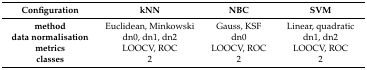
<table><thead><tr><td><b>Configuration</b></td><td><b>kNN</b></td><td><b>NBC</b></td><td><b>SVM</b></td></tr></thead><tbody><tr><td><b>method</b></td><td>Euclidean, Minkowski</td><td>Gauss, KSF</td><td>Linear, quadratic</td></tr><tr><td><b>data normalisation</b></td><td>dn0, dn1, dn2</td><td>dn0</td><td>dn1, dn2</td></tr><tr><td><b>metrics</b></td><td>LOOCV, ROC</td><td>LOOCV, ROC</td><td>LOOCV, ROC</td></tr><tr><td><b>classes</b></td><td>2</td><td>2</td><td>2</td></tr></tbody></table>